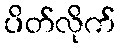
ပိတ်လိုက်